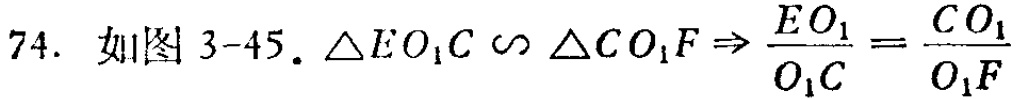
74. 如图 3-45. $\triangle EO_{1}C \backsim \triangle CO_{1}F \Rightarrow \frac{EO_{1}}{O_{1}C}=\frac{CO_{1}}{O_{1}F}$